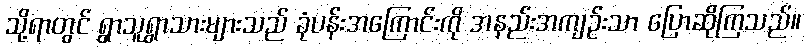
သို့ရာတွင် ရွာသူရွာသားများသည် ခုံပန်းအကြောင်းကို အနည်းအကျဉ်းသာ ပြောဆိုကြသည်။